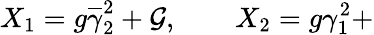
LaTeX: X_{1}=g\overline{{{\gamma}}}_{2}^{2}+{\cal G},\qquad X_{2}=g\gamma_{1}^{2}+